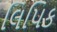
લિપિક